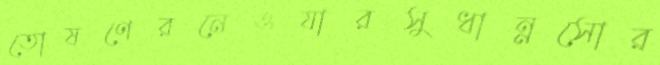
তোষণেরনেওযারসুধান্নসোর্